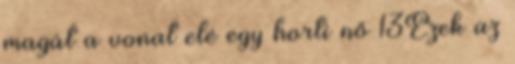
magát a vonat elé egy horti nő 13Ezek az